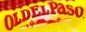

				OLDELPaSO